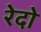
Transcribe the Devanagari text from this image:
रेदो